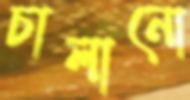
চালানো